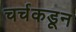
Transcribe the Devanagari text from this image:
चर्चकडून